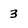
Character: 3